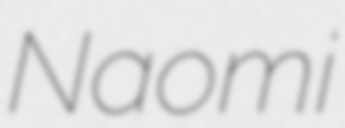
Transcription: Naomi